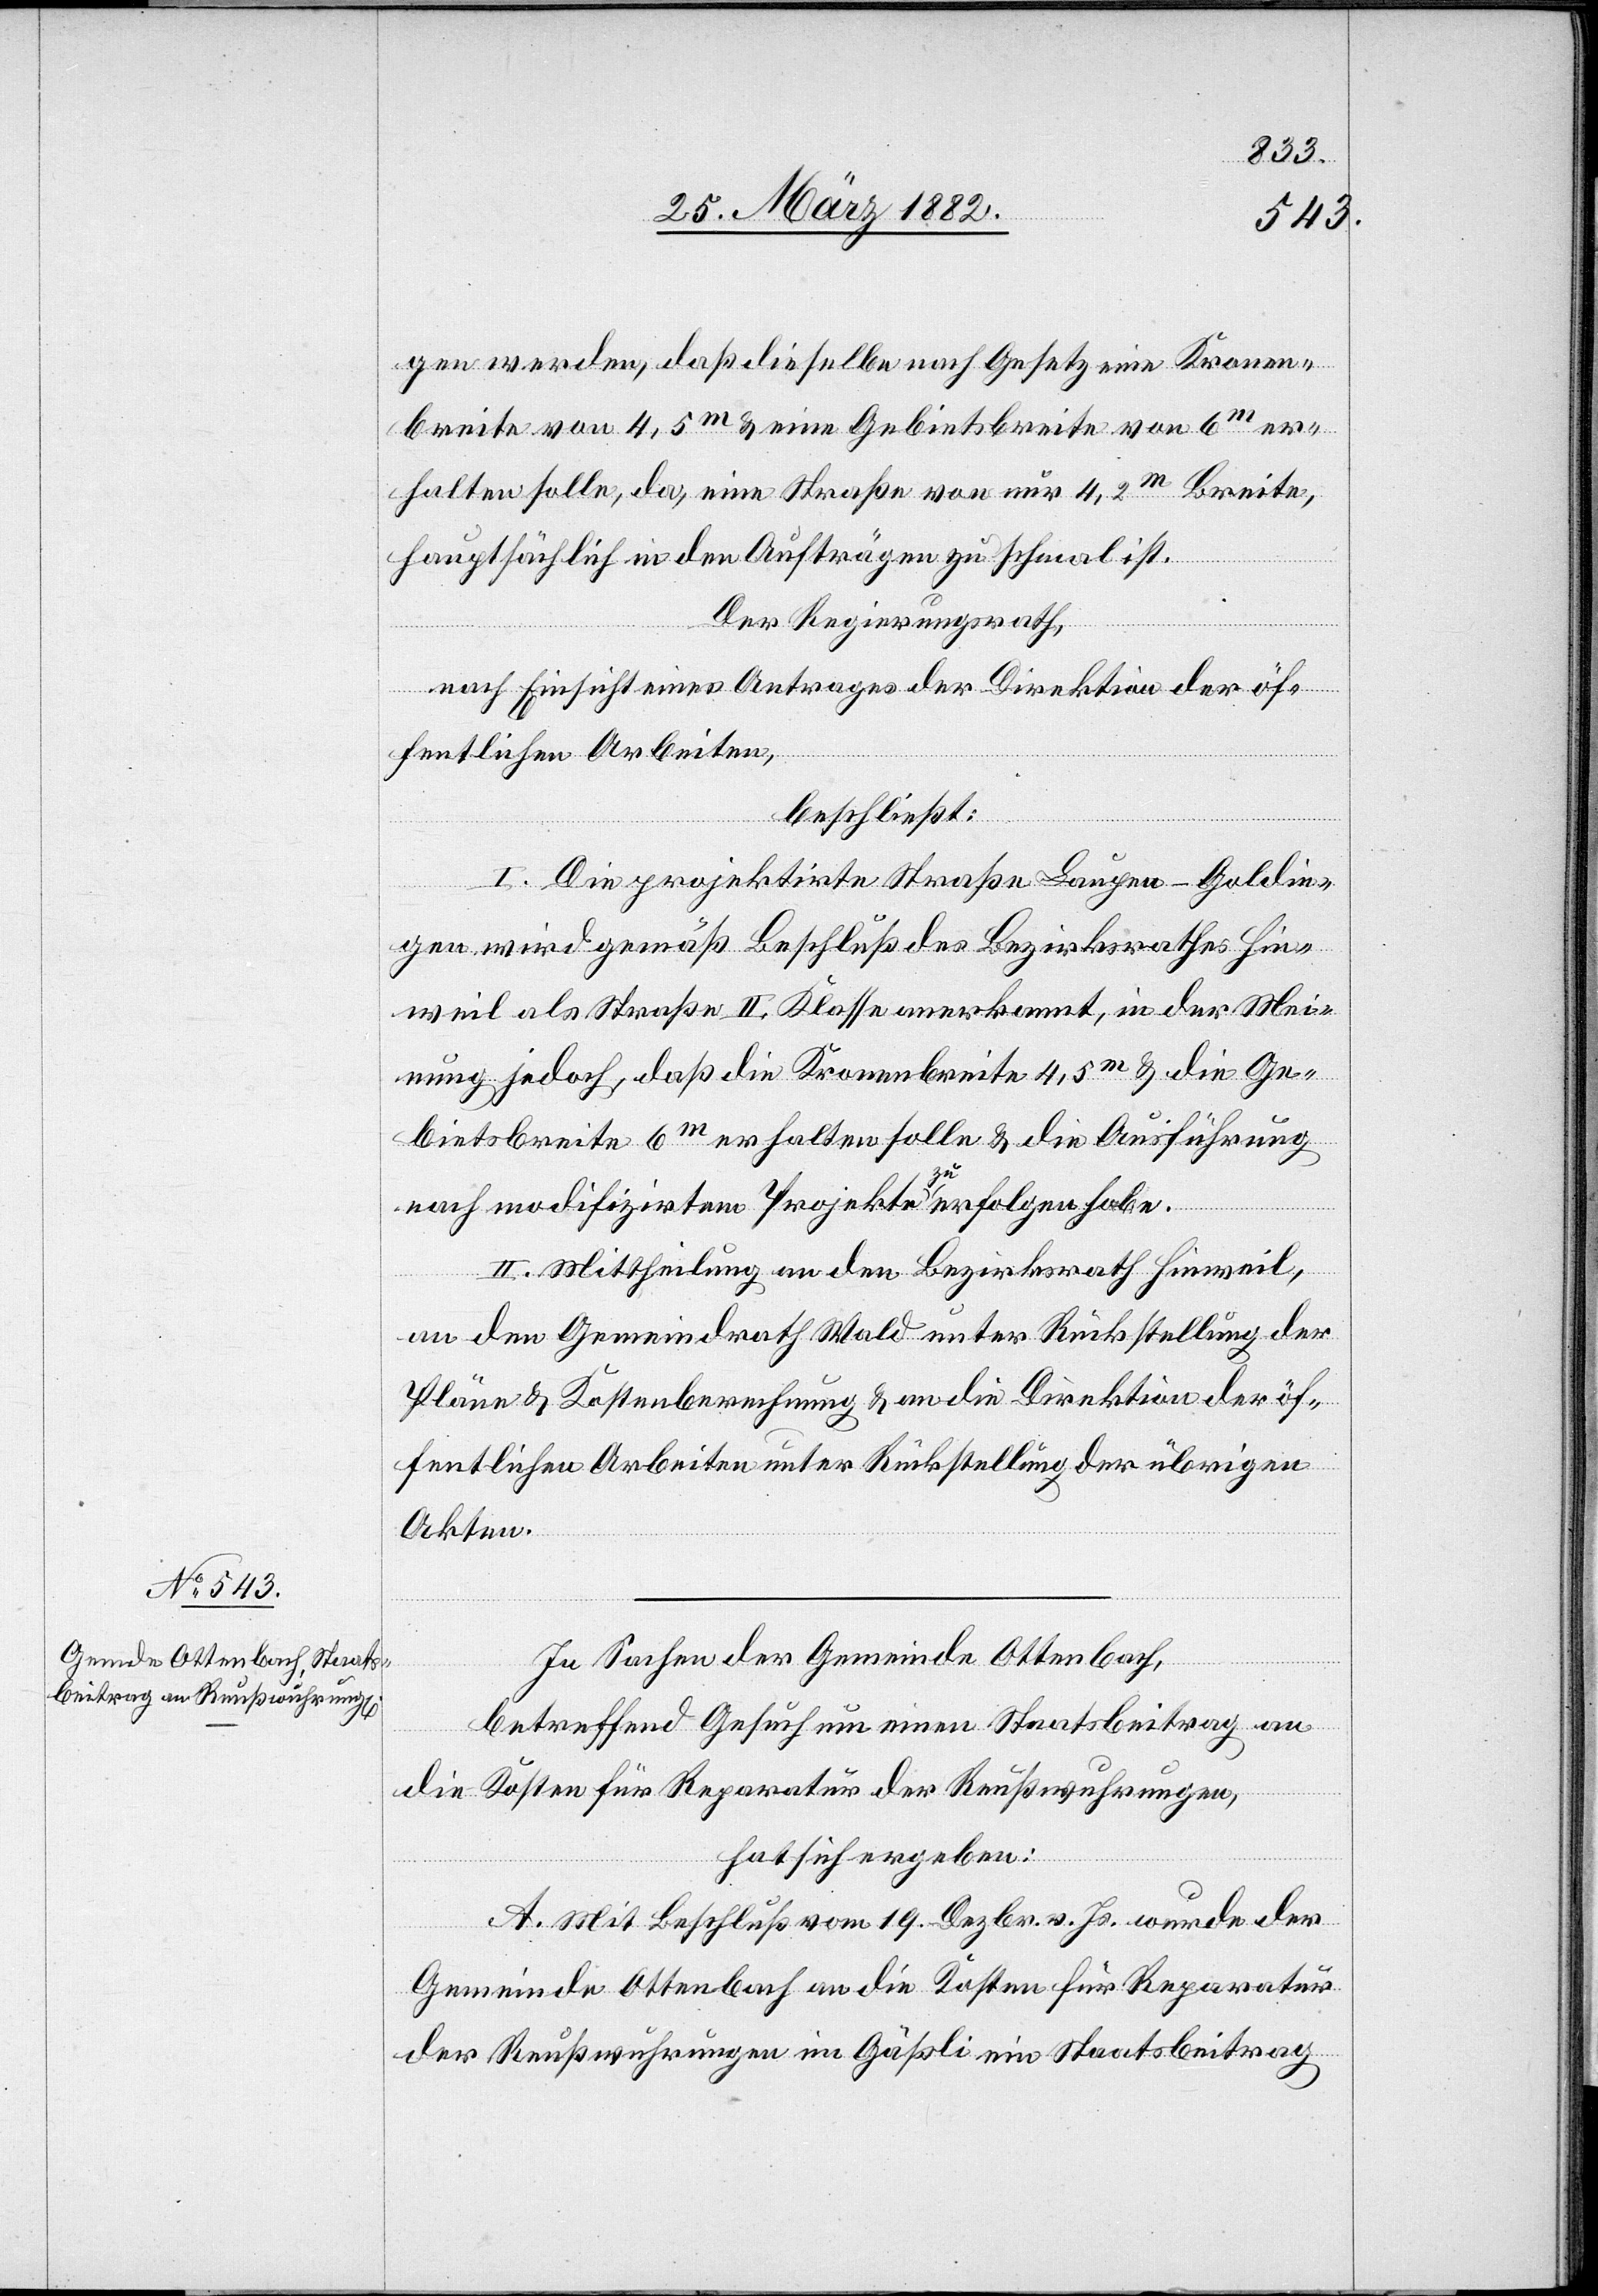
gen werden, daß dieselbe nach Gesetz eine Kronen¬
breite von 4,5 m & eine Gebietsbreite von 6 m er¬
halten solle, da, eine Straße von nur 4,2 m Breite,
hauptsächlich in den Aufträgen zu schmal ist.
Der Regierungsrath,
nach Einsicht eines Antrages der Direktion der öf¬
fentlichen Arbeiten,
beschließt:
I. Die projektierte Straße Laupen–Goldin¬
gen wird gemäß Beschluß des Bezirksrathes Hin¬
weil als Straße II. Klasse anerkannt, in der Mei¬
nung jedoch, daß die Kronenbreite 4,5 m & die Ge¬
bietsbreite 6 m erhalten solle & die Ausführung
nach modifizierten Projekten zu erfolgen habe.
II. Mittheilung an den Bezirksrath Hinweil,
an den Gemeindrath Wald unter Rückstellung der
Pläne & Kostenberechnung & an die Direktion der öf¬
fentlichen Arbeiten unter Rückstellung der übrigen
Akten.
In Sachen der Gemeinde Ottenbach,
betreffend Gesuch um einen Staatsbeitrag an
die Kosten für Reparatur der Reußwuhrungen,
hat sich ergeben:
A. Mit Beschluß vom 19. Dezbr. v. Js. wurde der
Gemeinde Ottenbach an die Kosten für Reparatur
der Reußwuhrungen im Gäßli ein Staatsbeitrag